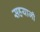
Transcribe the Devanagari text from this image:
सहयाजी